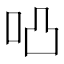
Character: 𠱂